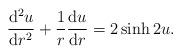
LaTeX: \begin{align*}\frac{{\rm d}^{2} u}{{\rm d} r^{2}}+\frac{1}{r}\frac{{\rm d} u}{{\rm d}r}=2\sinh 2u.\end{align*}